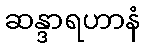
ဆန္ဒာရဟာနံ